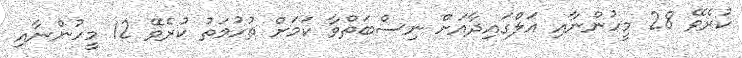
ކުރެވޭ 28 މީހުންނާއި އަލްގައިދާއަށް ނިސްބަތްވާ ކަމަށް ތުހުމަތު ކުރެވޭ 12 މީހުންނާއި